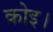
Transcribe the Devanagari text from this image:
कोइ।